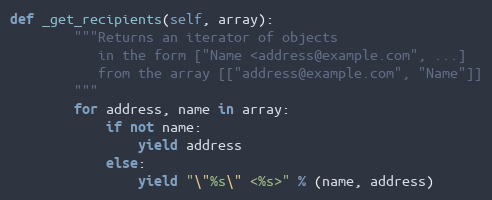
Language: Python
def _get_recipients(self, array):
        """Returns an iterator of objects
           in the form ["Name <address@example.com", ...]
           from the array [["address@example.com", "Name"]]
        """
        for address, name in array:
            if not name:
                yield address
            else:
                yield "\"%s\" <%s>" % (name, address)